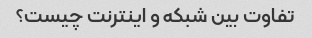
تفاوت بین شبکه و اینترنت چیست؟